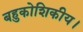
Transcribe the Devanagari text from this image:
बहुकोशिकीय।